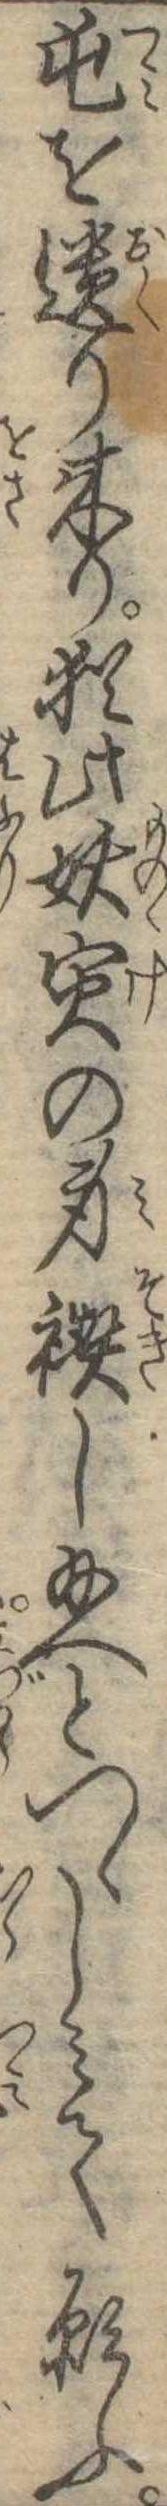
屯を遺り来り猶此妖寅の身禊し給へとつゝしみて願ふ